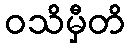
ဝသိမှီတိ